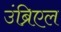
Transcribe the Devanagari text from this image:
उंब्रिएल